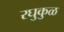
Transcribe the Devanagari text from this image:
रघुकुळ